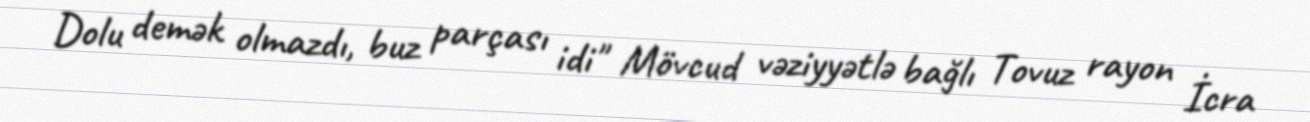
Dolu demək olmazdı, buz parçası idi" Mövcud vəziyyətlə bağlı Tovuz rayon İcra